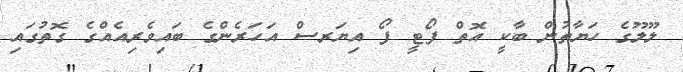
ލޫލޫގެ ހަޔާތުން ބާކީ އޮތް ފޯޓީ ފޯ އިޔަރސް އަހަރެންގެ ބައިވެރިއެއްގެ ގޮތުގައި